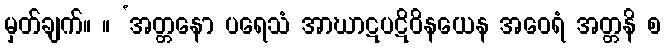
မှတ်ချက်။ ။ ‘အတ္တနော ပရေသံ အာဃာဋပဋိဝိနယေန အဝေရံ အတ္တနိ စ